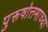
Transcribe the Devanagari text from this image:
पुरूषोत्तमाच्या